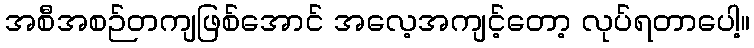
အစီအစဉ်တကျဖြစ်အောင် အလေ့အကျင့်တော့ လုပ်ရတာပေါ့။